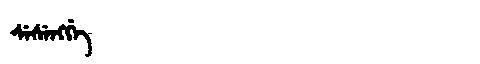
Manchu: ᠰᡝᠰᡝᠩᡤᡝ
Romanization: SESENGGE